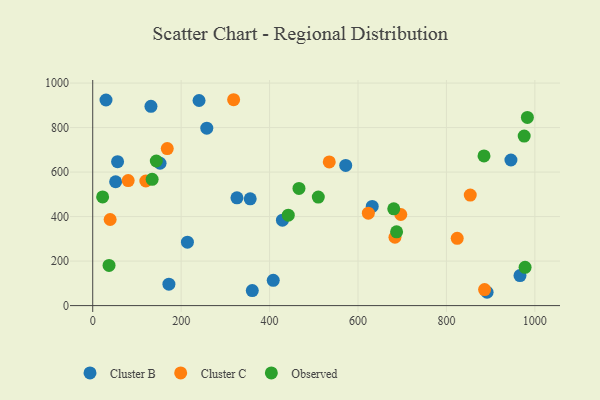
{"axis": {"x": "Price", "y": "Profit"}, "legend": ["Cluster B", "Cluster C", "Observed"], "data": [{"x": "966.4", "y": 134.8, "type": "Cluster B"}, {"x": "214.2", "y": 285.2, "type": "Cluster B"}, {"x": "892.0", "y": 59.9, "type": "Cluster B"}, {"x": "326.2", "y": 484.4, "type": "Cluster B"}, {"x": "152.3", "y": 639.7, "type": "Cluster B"}, {"x": "429.1", "y": 384.1, "type": "Cluster B"}, {"x": "51.8", "y": 556.5, "type": "Cluster B"}, {"x": "131.7", "y": 895.5, "type": "Cluster B"}, {"x": "56.2", "y": 646.7, "type": "Cluster B"}, {"x": "945.9", "y": 654.3, "type": "Cluster B"}, {"x": "172.3", "y": 96.5, "type": "Cluster B"}, {"x": "632.2", "y": 445.7, "type": "Cluster B"}, {"x": "360.9", "y": 67.4, "type": "Cluster B"}, {"x": "240.5", "y": 921.7, "type": "Cluster B"}, {"x": "408.3", "y": 113.5, "type": "Cluster B"}, {"x": "572.2", "y": 630.0, "type": "Cluster B"}, {"x": "30.0", "y": 923.9, "type": "Cluster B"}, {"x": "356.2", "y": 479.9, "type": "Cluster B"}, {"x": "258.0", "y": 797.5, "type": "Cluster B"}, {"x": "120.1", "y": 560.0, "type": "Cluster C"}, {"x": "39.4", "y": 386.9, "type": "Cluster C"}, {"x": "683.6", "y": 307.2, "type": "Cluster C"}, {"x": "535.0", "y": 645.9, "type": "Cluster C"}, {"x": "853.9", "y": 496.6, "type": "Cluster C"}, {"x": "696.8", "y": 409.5, "type": "Cluster C"}, {"x": "824.4", "y": 302.3, "type": "Cluster C"}, {"x": "318.7", "y": 925.2, "type": "Cluster C"}, {"x": "886.3", "y": 72.0, "type": "Cluster C"}, {"x": "80.2", "y": 561.7, "type": "Cluster C"}, {"x": "623.4", "y": 415.5, "type": "Cluster C"}, {"x": "168.6", "y": 705.5, "type": "Cluster C"}, {"x": "442.3", "y": 406.3, "type": "Observed"}, {"x": "36.9", "y": 180.7, "type": "Observed"}, {"x": "510.2", "y": 487.5, "type": "Observed"}, {"x": "143.8", "y": 649.9, "type": "Observed"}, {"x": "687.3", "y": 331.6, "type": "Observed"}, {"x": "680.9", "y": 435.1, "type": "Observed"}, {"x": "134.4", "y": 567.7, "type": "Observed"}, {"x": "22.4", "y": 488.2, "type": "Observed"}, {"x": "983.1", "y": 845.7, "type": "Observed"}, {"x": "466.5", "y": 526.5, "type": "Observed"}, {"x": "977.9", "y": 172.2, "type": "Observed"}, {"x": "885.0", "y": 672.8, "type": "Observed"}, {"x": "975.9", "y": 761.9, "type": "Observed"}]}